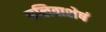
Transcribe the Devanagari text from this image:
कलिताशेषं